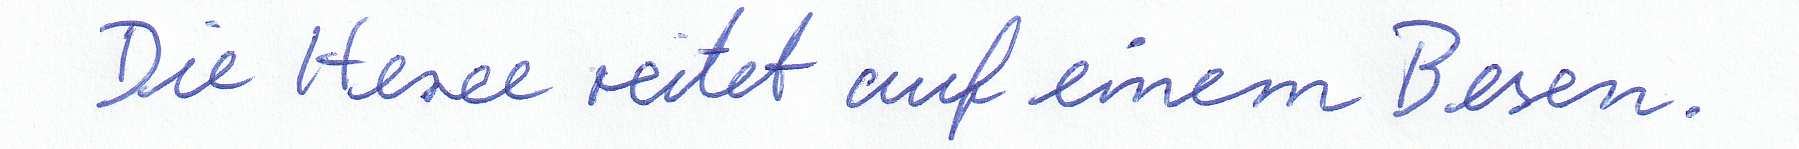
Die Hexe reitet auf einem Besen.